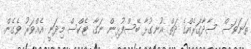
ތަނަވަސް ސާދާގަރެއްގެ ދަތް އުނގުޅާ ބޭސްފުޅިން ނަގާ ޓެކްސް މިދަނީ އެއްވަރު ވެގެން.